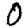
Digit: 0